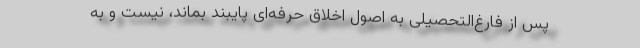
پس از فارغ‌التحصیلی به اصول اخلاق حرفه‌ای پایبند بماند، نیست و به